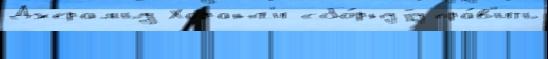
Джеральд Харанг'и сбо́рнуjу пра́в'ить